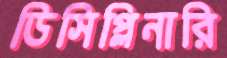
ডিসিপ্লিনারি